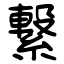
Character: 繋